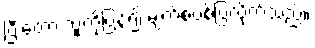
ပြီးတော့ သူ့ကိုပြန်၍ မျက်စပစ်ပြလိုက်သည်။